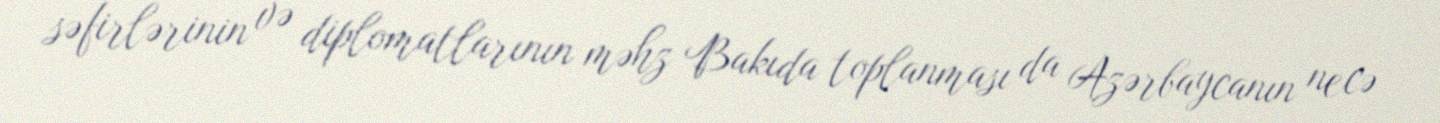
səfirlərinin və diplomatlarının məhz Bakıda toplanması da Azərbaycanın necə